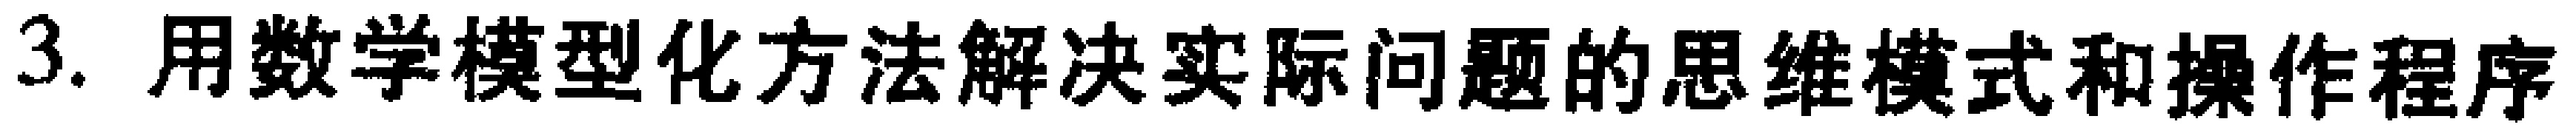
3. 用数学模型化方法解决实际问题的思维模式和操作程序